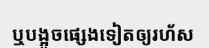
ឬបង្អួចផ្សេងទៀតឲ្យរហ័ស